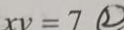
x y = 7 \textcircled { 2 }